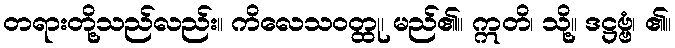
တရားတို့သည်လည်း။ ကိလေသဝတ္ထု၊ မည်၏။ ဣတိ၊ သို့။ ဒဋ္ဌဗ္ဗံ၊ ၏။